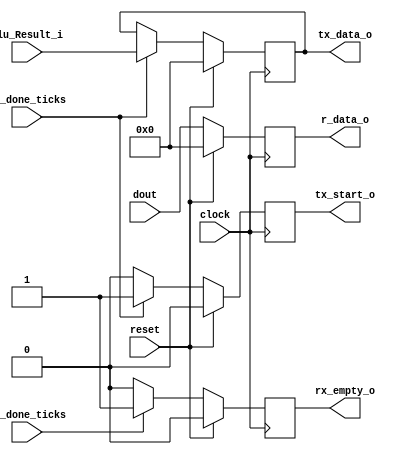

`timescale 10ns / 1ps
module IntUART_AUX
	#(
		parameter N_BITS_DATA = 8
	)
	(
		input wire clock,
		input wire reset,
		input wire [N_BITS_DATA-1:0] dout,
		input wire [N_BITS_DATA-1:0] Alu_Result_i,
		input wire rx_done_ticks,
		input wire tx_done_ticks,		
		output wire rx_empty_o,		
		output wire tx_start_o, 
		
		output reg [N_BITS_DATA-1:0] r_data_o,
		output wire [N_BITS_DATA-1:0] tx_data_o			
	);

    reg rx_empty_reg, tx_start_reg;
    reg [N_BITS_DATA-1:0] tx_data_reg;
    
	/* TRANSMISOR */
    always @(posedge clock)
    	begin
        	if(reset)
        		tx_start_reg <= 1'b0;
        		
           	else
        		begin        		 	
        			if (tx_done_ticks)
        				tx_start_reg <= 1'b1;		        			
        			else
        				tx_start_reg <= 1'b0;     					
        		end           	
    	end

    always @(posedge clock)
    	begin
        	if(reset)
        		tx_data_reg <= {N_BITS_DATA{1'b0}};

        	else
        		begin
        			if (tx_done_ticks)
        				tx_data_reg <= Alu_Result_i;
        			else		
        				tx_data_reg <= tx_data_o;
        		end
        end

    always @(posedge clock)
		begin
			if (reset)
				rx_empty_reg <= 1'b0;

			else
				if (rx_done_ticks)
					rx_empty_reg <= 1'b1;
				else
					rx_empty_reg <= 1'b0;
		end

    /* RECEPTOR */
	always @(posedge clock)
		begin
			if (reset)
				r_data_o <= {N_BITS_DATA{1'b0}};
									
			else
				begin				 	
					if (rx_done_ticks)
						r_data_o <= dout;
					else				
						r_data_o <= dout;				
				end
		end

	assign tx_start_o    = tx_start_reg;
	assign rx_empty_o    = rx_empty_reg;
	assign tx_data_o     = tx_data_reg;		

endmodule